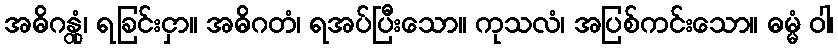
အဓိဂန္တုံ၊ ရခြင်းငှာ။ အဓိဂတံ၊ ရအပ်ပြီးသော။ ကုသလံ၊ အပြစ်ကင်းသော။ ဓမ္မံ ဝါ၊